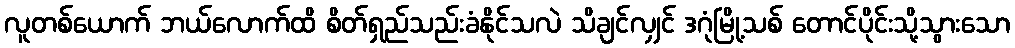
လူတစ်ယောက် ဘယ်လောက်ထိ စိတ်ရှည်သည်းခံနိုင်သလဲ သိချင်လျှင် ဒဂုံမြို့သစ် တောင်ပိုင်းသို့သွားသော